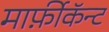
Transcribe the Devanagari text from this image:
मार्फ़ीकॅन्ट